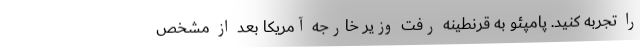
را تجربه کنید. پامپئو به قرنطینه رفت وزیر خارجه آمریکا بعد از مشخص